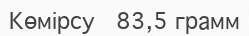
Көмірсу   83,5 грамм